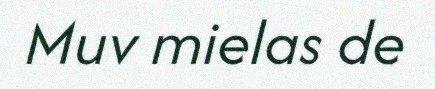
Muv mielas de